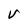
Character: V